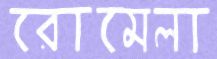
রোমেলা